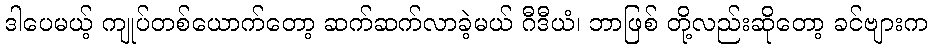
ဒါပေမယ့် ကျုပ်တစ်ယောက်တော့ ဆက်ဆက်လာခဲ့မယ် ဂီဒီယံ၊ ဘာဖြစ် တို့လည်းဆိုတော့ ခင်ဗျားက